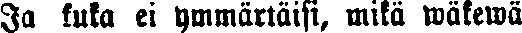
Ja kuka ei ymmärtäisi, mikä wäkewä